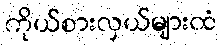
ကိုယ်စားလှယ်များထံ